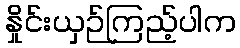
နှိုင်းယှဉ်ကြည့်ပါက